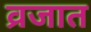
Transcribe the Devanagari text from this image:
व्रजात